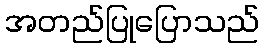
အတည်ပြုပြောသည်